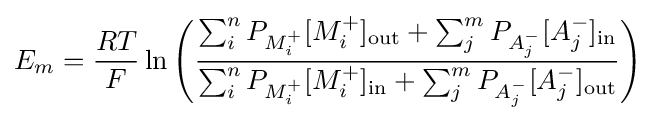
E_{m}={\frac {RT}{F}}\ln {\left({\frac {\sum _{i}^{n}P_{M_{i}^{+}}[M_{i}^{+}]_{\mathrm {out} }+\sum _{j}^{m}P_{A_{j}^{-}}[A_{j}^{-}]_{\mathrm {in} }}{\sum _{i}^{n}P_{M_{i}^{+}}[M_{i}^{+}]_{\mathrm {in} }+\sum _{j}^{m}P_{A_{j}^{-}}[A_{j}^{-}]_{\mathrm {out} }}}\right)}